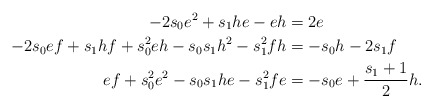
\begin{align*}-2s_0 e^2+s_1he-eh & = 2e\\-2s_0ef+s_1hf+s_0^2eh-s_0s_1h^2-s_1^2fh & = -s_0 h-2s_1 f\\ef+s_0^2e^2-s_0s_1he-s_1^2fe &= -s_0 e + \frac{s_1+1}{2} h.\end{align*}